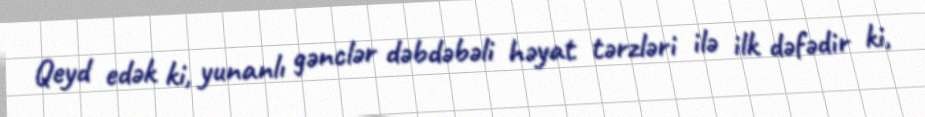
Qeyd edək ki, yunanlı gənclər dəbdəbəli həyat tərzləri ilə ilk dəfədir ki,